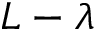
L - \lambda